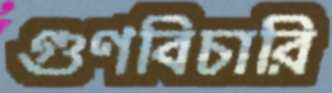
গুণবিচারি